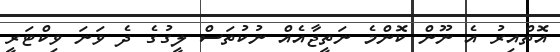
އޮތްއިރު އެ ނޫން ކޮންމެ ނަތީޖާއެއް ނުކުތަސް ލީގުގެ ދެ ވަނަ ވިކްޓަރީ